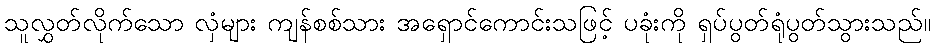
သူလွှတ်လိုက်သော လှံများ ကျန်စစ်သား အရှောင်ကောင်းသဖြင့် ပခုံးကို ရှပ်ပွတ်ရုံပွတ်သွားသည်။